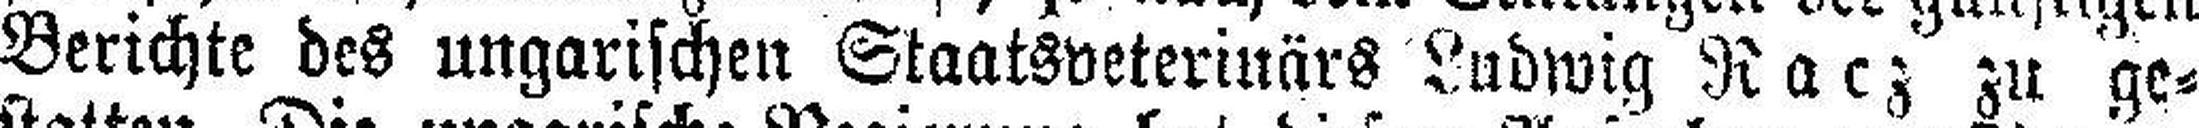
Berichte des ungarischen Staatsveterinärs Ludwig Racz zu ge¬